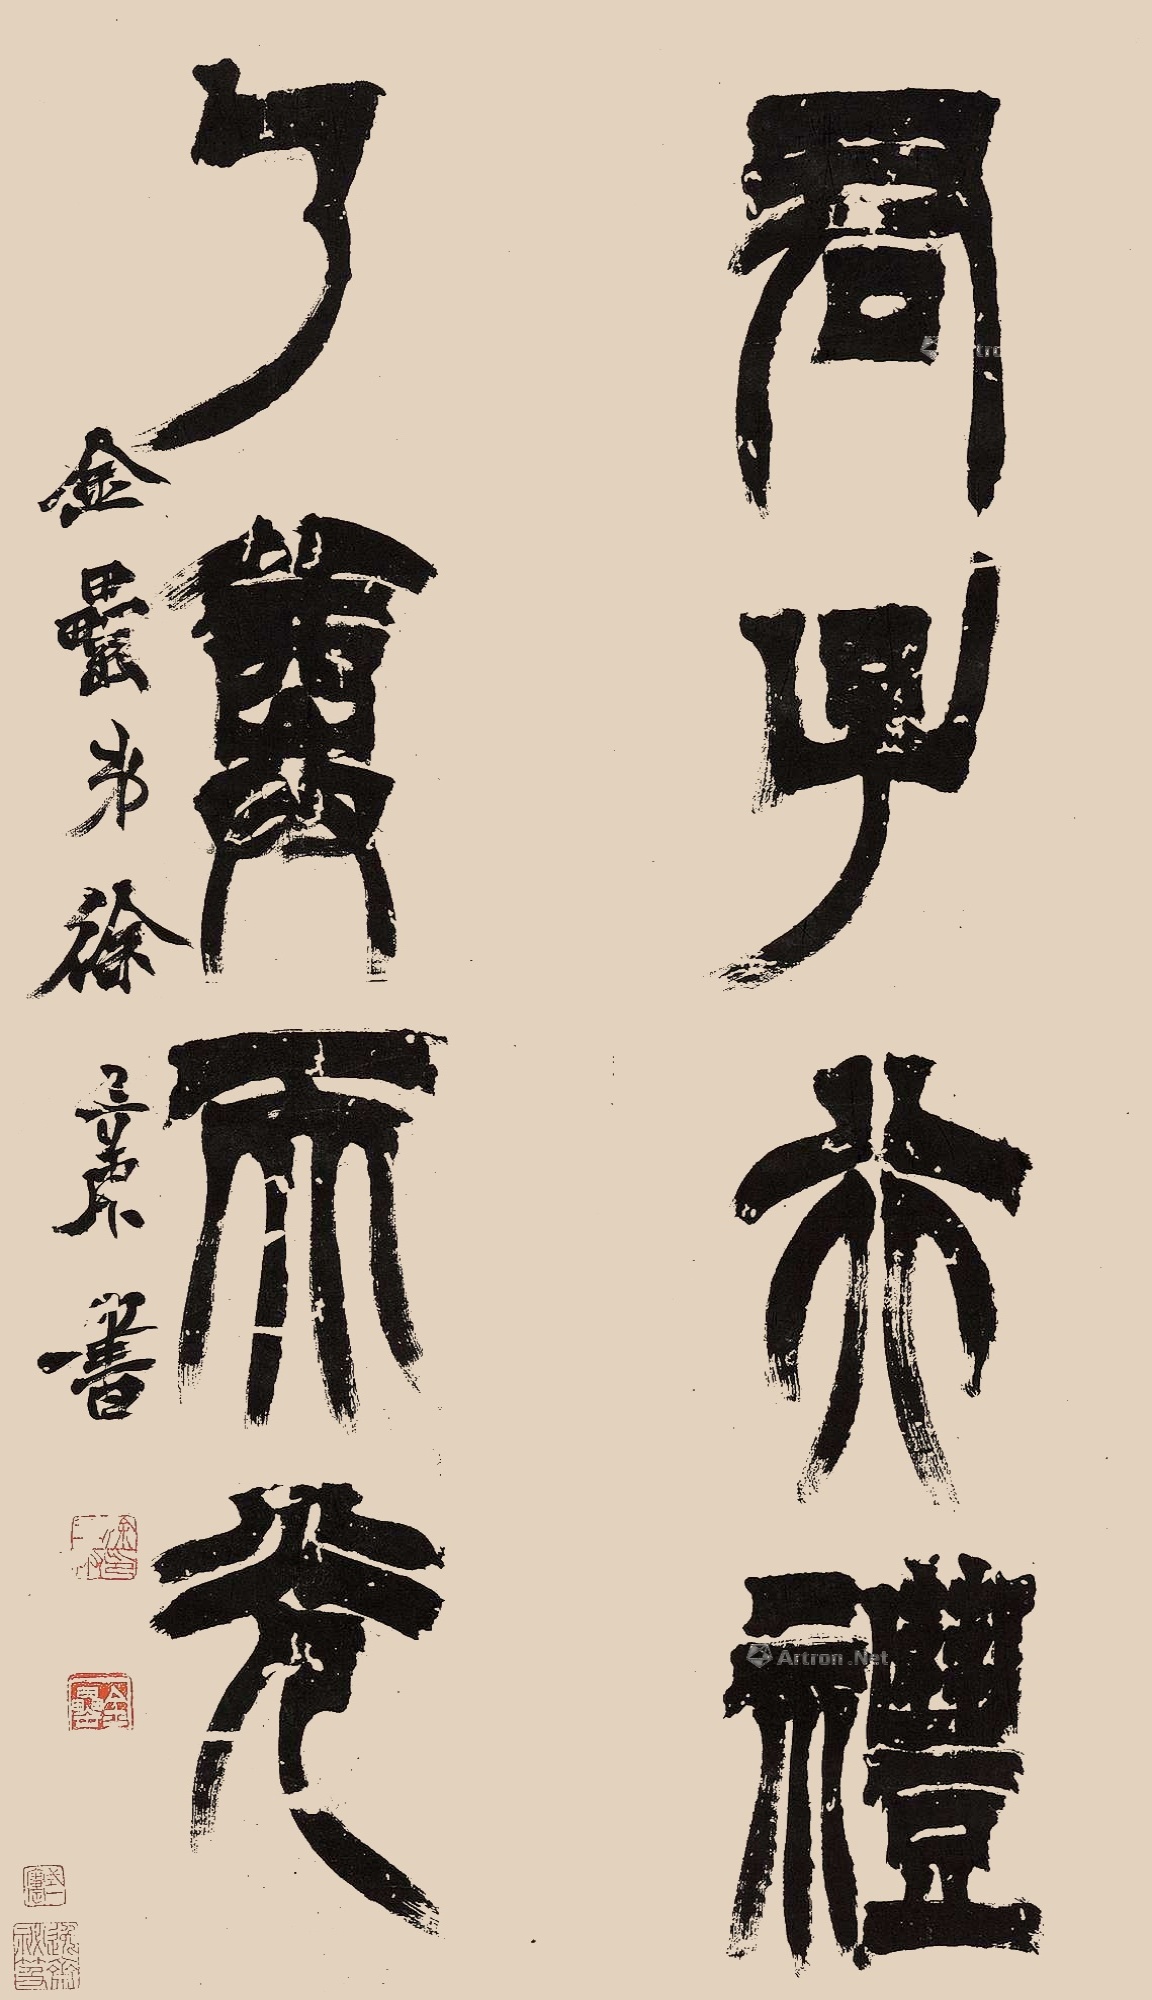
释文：君子行礼，乃尊天光。金罍弟徐三庚书。